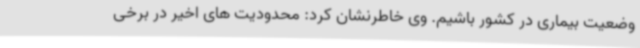
وضعیت بیماری در کشور باشیم. وی خاطرنشان کرد: محدودیت های اخیر در برخی